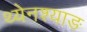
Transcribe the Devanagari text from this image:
थ्येनश्याङ